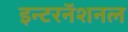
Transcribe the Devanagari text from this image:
इन्टरनॅशनल